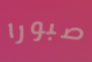
صبورا